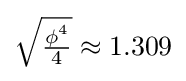
{\sqrt {\tfrac {\phi ^{4}}{4}}}\approx 1.309